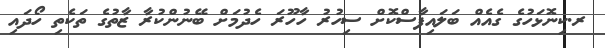
ރ.ކިނޮޅަހުގެ ގެއެއް ބަލައިފާސްކޮށް ސިހުރު ހާހޫރަ ހެދުމަށް ބޭނުންކުރާ ޒާތުގެ ތަކެތި ހޯދައި